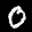
Label: 0